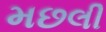
મછલી